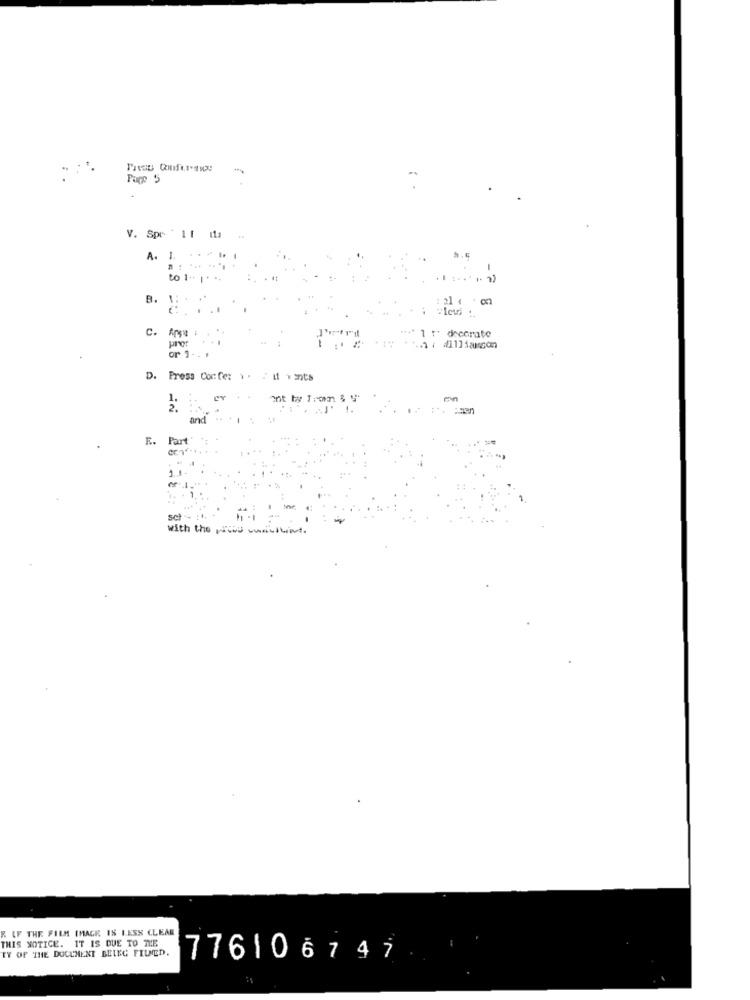
Parp 5
V. Spe -11 11s
A. I. .....
.... ....
to 1 .. . . ..
B. 1:
...
C. Ano
" *** 1 :' decorate
or 1. . .
D. Press Cortez .. : 11 wants
en
and ...
E.
Part
set
with the wis mettent.
R IF THE FILM IMAGE IS LESS CLEAR
THIS NOTICE. IT IS DUE TO THE
TY OF THE DOCUMENT BELEG FILMED.
776106747